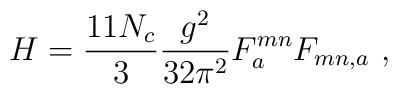
H=\frac{11N_c }{3}\frac{g^2}{32\pi^2}F^{mn}_aF_{mn,a} \ ,